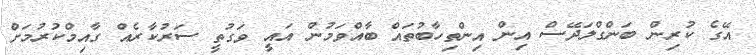
އޭގެ ކުރިން ބަންގްލަދޭސް އިން އިންތިހާބުތައް ބާއްވަމުން އައީ ވަގުތީ ސަރުކާރެއް ގާއިމްކުރުމަށް